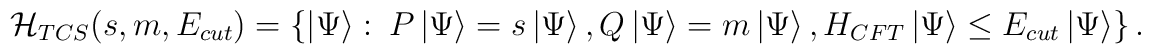
{\cal H}_{TCS}(s,m,E_{cut})=\left\{ \left| \Psi \right\rangle :\: P\left| \Psi \right\rangle =s\left| \Psi \right\rangle ,Q\left| \Psi \right\rangle =m\left| \Psi \right\rangle ,H_{CFT}\left| \Psi \right\rangle \leq E_{cut}\left| \Psi \right\rangle \right\} \: .